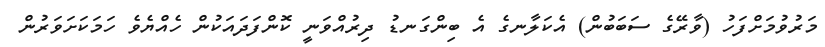
މަރުވުމަށްފަހު (ވާރޭގެ ސަބަބުން) އެކަލާނގެ އެ ބިންގަނޑު ދިރުއްވަނީ ކޮންފަދައަކުން ހެއްޔެވެ ހަމަކަށަވަރުން